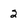
Character: 2